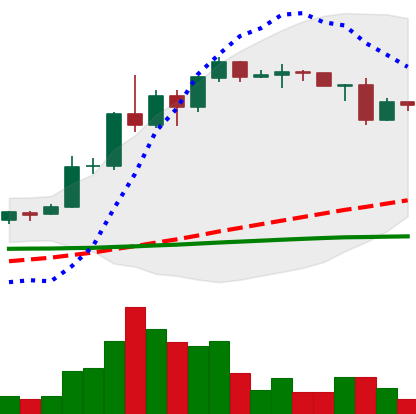
Ticker: ADA-USD
Chart end date: 2020-06-13
Forward return: 3.981%
Label: up_3_5